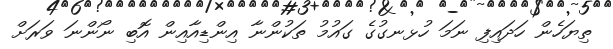
ތިޔަހެން ހަދައިފި ނަމަ ހުޅނގުގެ ގައުމުު ތަކުންނާ އިންޑިއާއިން އޮބި ނޯންނަ ވަރަށް